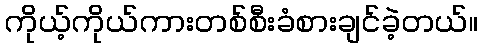
ကိုယ့်ကိုယ်ကားတစ်စီးခံစားချင်ခဲ့တယ်။